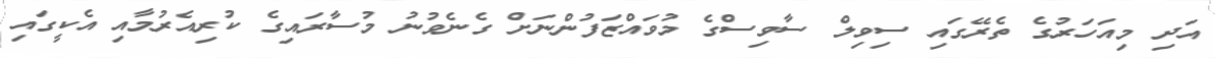
އަދި މިއަހަރުގެ ތެރޭގައި ސިވިލް ސާވިސްގެ މުވައްޒަފުންނަށް ގެނެވުނު މުސާރައިގެ ކުރިއެރުމާއި އެކީގައި